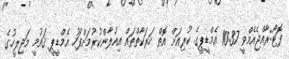
ފޮޓޯ:ރާއްޖެއެމްވީ 10:37 އެމްޑީޕީގެ ކުރިއަށް އޮތް ހަރަކާތްތައް އިއުލާންކުރުމަށްފަހު އެމްޑީޕީ ޤައުމީ މަޖިލީހުގެ